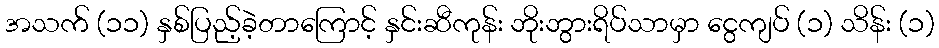
အသက် (၁၁) နှစ်ပြည့်ခဲ့တာကြောင့် နှင်းဆီကုန်း ဘိုးဘွားရိပ်သာမှာ ငွေကျပ် (၁) သိန်း (၁)